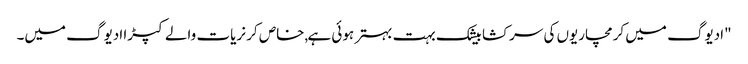
"ادیوگ میں کرمچاریوں کی سرکشا بیشک بہت بہتر ہوئی ہے,خاص کر نریات والے کپڑا ادیوگ میں۔